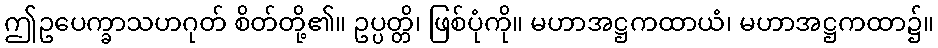
ဤဥပေက္ခာသဟဂုတ် စိတ်တို့၏။ ဥပ္ပတ္တိ၊ ဖြစ်ပုံကို။ မဟာအဋ္ဌကထာယံ၊ မဟာအဋ္ဌကထာ၌။